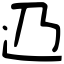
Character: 辸